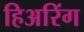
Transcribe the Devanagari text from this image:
हिअरिंग